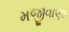
મજીવાણા